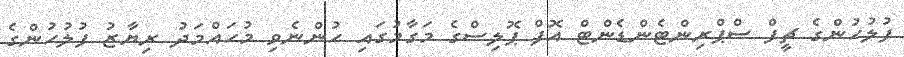
ފުލުހުންގެ ޗީފް ސްޕްރިންޓެންޑެންޓް އޮފް ޕޮލިސްގެ މަގާމުގައި ހުންނެވި މުހައްމަދު ރިޔާޒު ފުލުހުންގެ